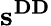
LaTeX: \mathbf{s}^{\mathbf{DD}}